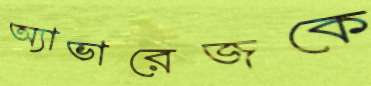
অ্যাভারেজকে